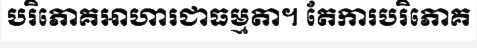
បរិភោគអាហារជាធម្មតា។ តែការបរិភោគ